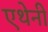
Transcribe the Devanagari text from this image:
एथेनी